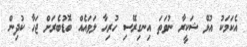
އެކަމަކު އުޅޭ ޝަކީރާ ނުވަތަ އިނގިރޭސި ހުރިހާ ލަވައެއް ބޮޑުބެރަށް ޖަހާ ކުދިން